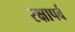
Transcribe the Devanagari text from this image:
रक्षापर्व